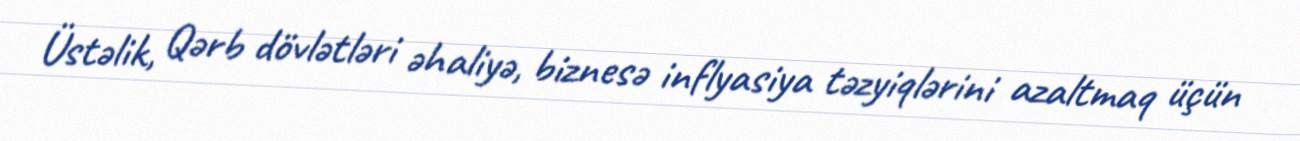
Üstəlik, Qərb dövlətləri əhaliyə, biznesə inflyasiya təzyiqlərini azaltmaq üçün